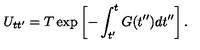
U _ { t t ^ { \prime } } = T \exp \left[ - \int _ { t ^ { \prime } } ^ { t } G ( t ^ { \prime \prime } ) d t ^ { \prime \prime } \right] .